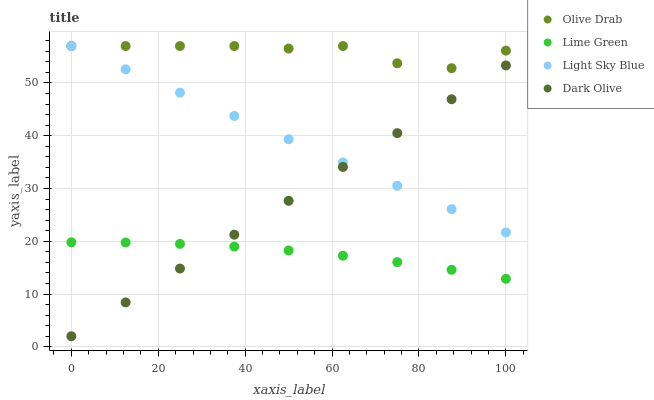
| xaxis_label | Olive Drab | Lime Green | Light Sky Blue | Dark Olive |
 | --- | --- | --- | --- | --- |
 | 0 | 57 | 19.8 | 57 | 2 |
 | 12.5 | 57 | 19.8 | 52.6 | 8.42 |
 | 25 | 57 | 19.5 | 48.2 | 14.8 |
 | 37.5 | 57 | 19 | 43.8 | 21.2 |
 | 50 | 56.5 | 18.2 | 39.3 | 27.7 |
 | 62.5 | 57 | 17.3 | 34.9 | 34.1 |
 | 75 | 53.7 | 16 | 30.5 | 40.5 |
 | 87.5 | 52.8 | 14.6 | 26.1 | 46.9 |
 | 100 | 56.1 | 12.9 | 21.7 | 53.3 |